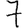
Digit: 7